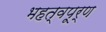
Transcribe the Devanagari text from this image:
भहत्वपूर्ण